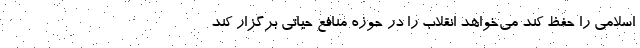
اسلامی را حفظ کند می‌خواهد انقلاب را در حوزه منافع حیاتی برگزار کند